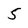
Character: 5